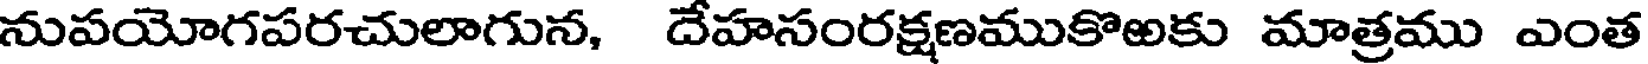
నుపయోగపరచులాగున, దేహసంరక్షణముకొఱకు మాత్రము ఎంత